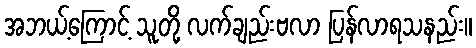
အဘယ့်ကြောင့် သူတို့ လက်ချည်းဗလာ ပြန်လာရသနည်း။